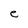
Character: e